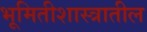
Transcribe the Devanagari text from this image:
भूमितीशास्त्रातील